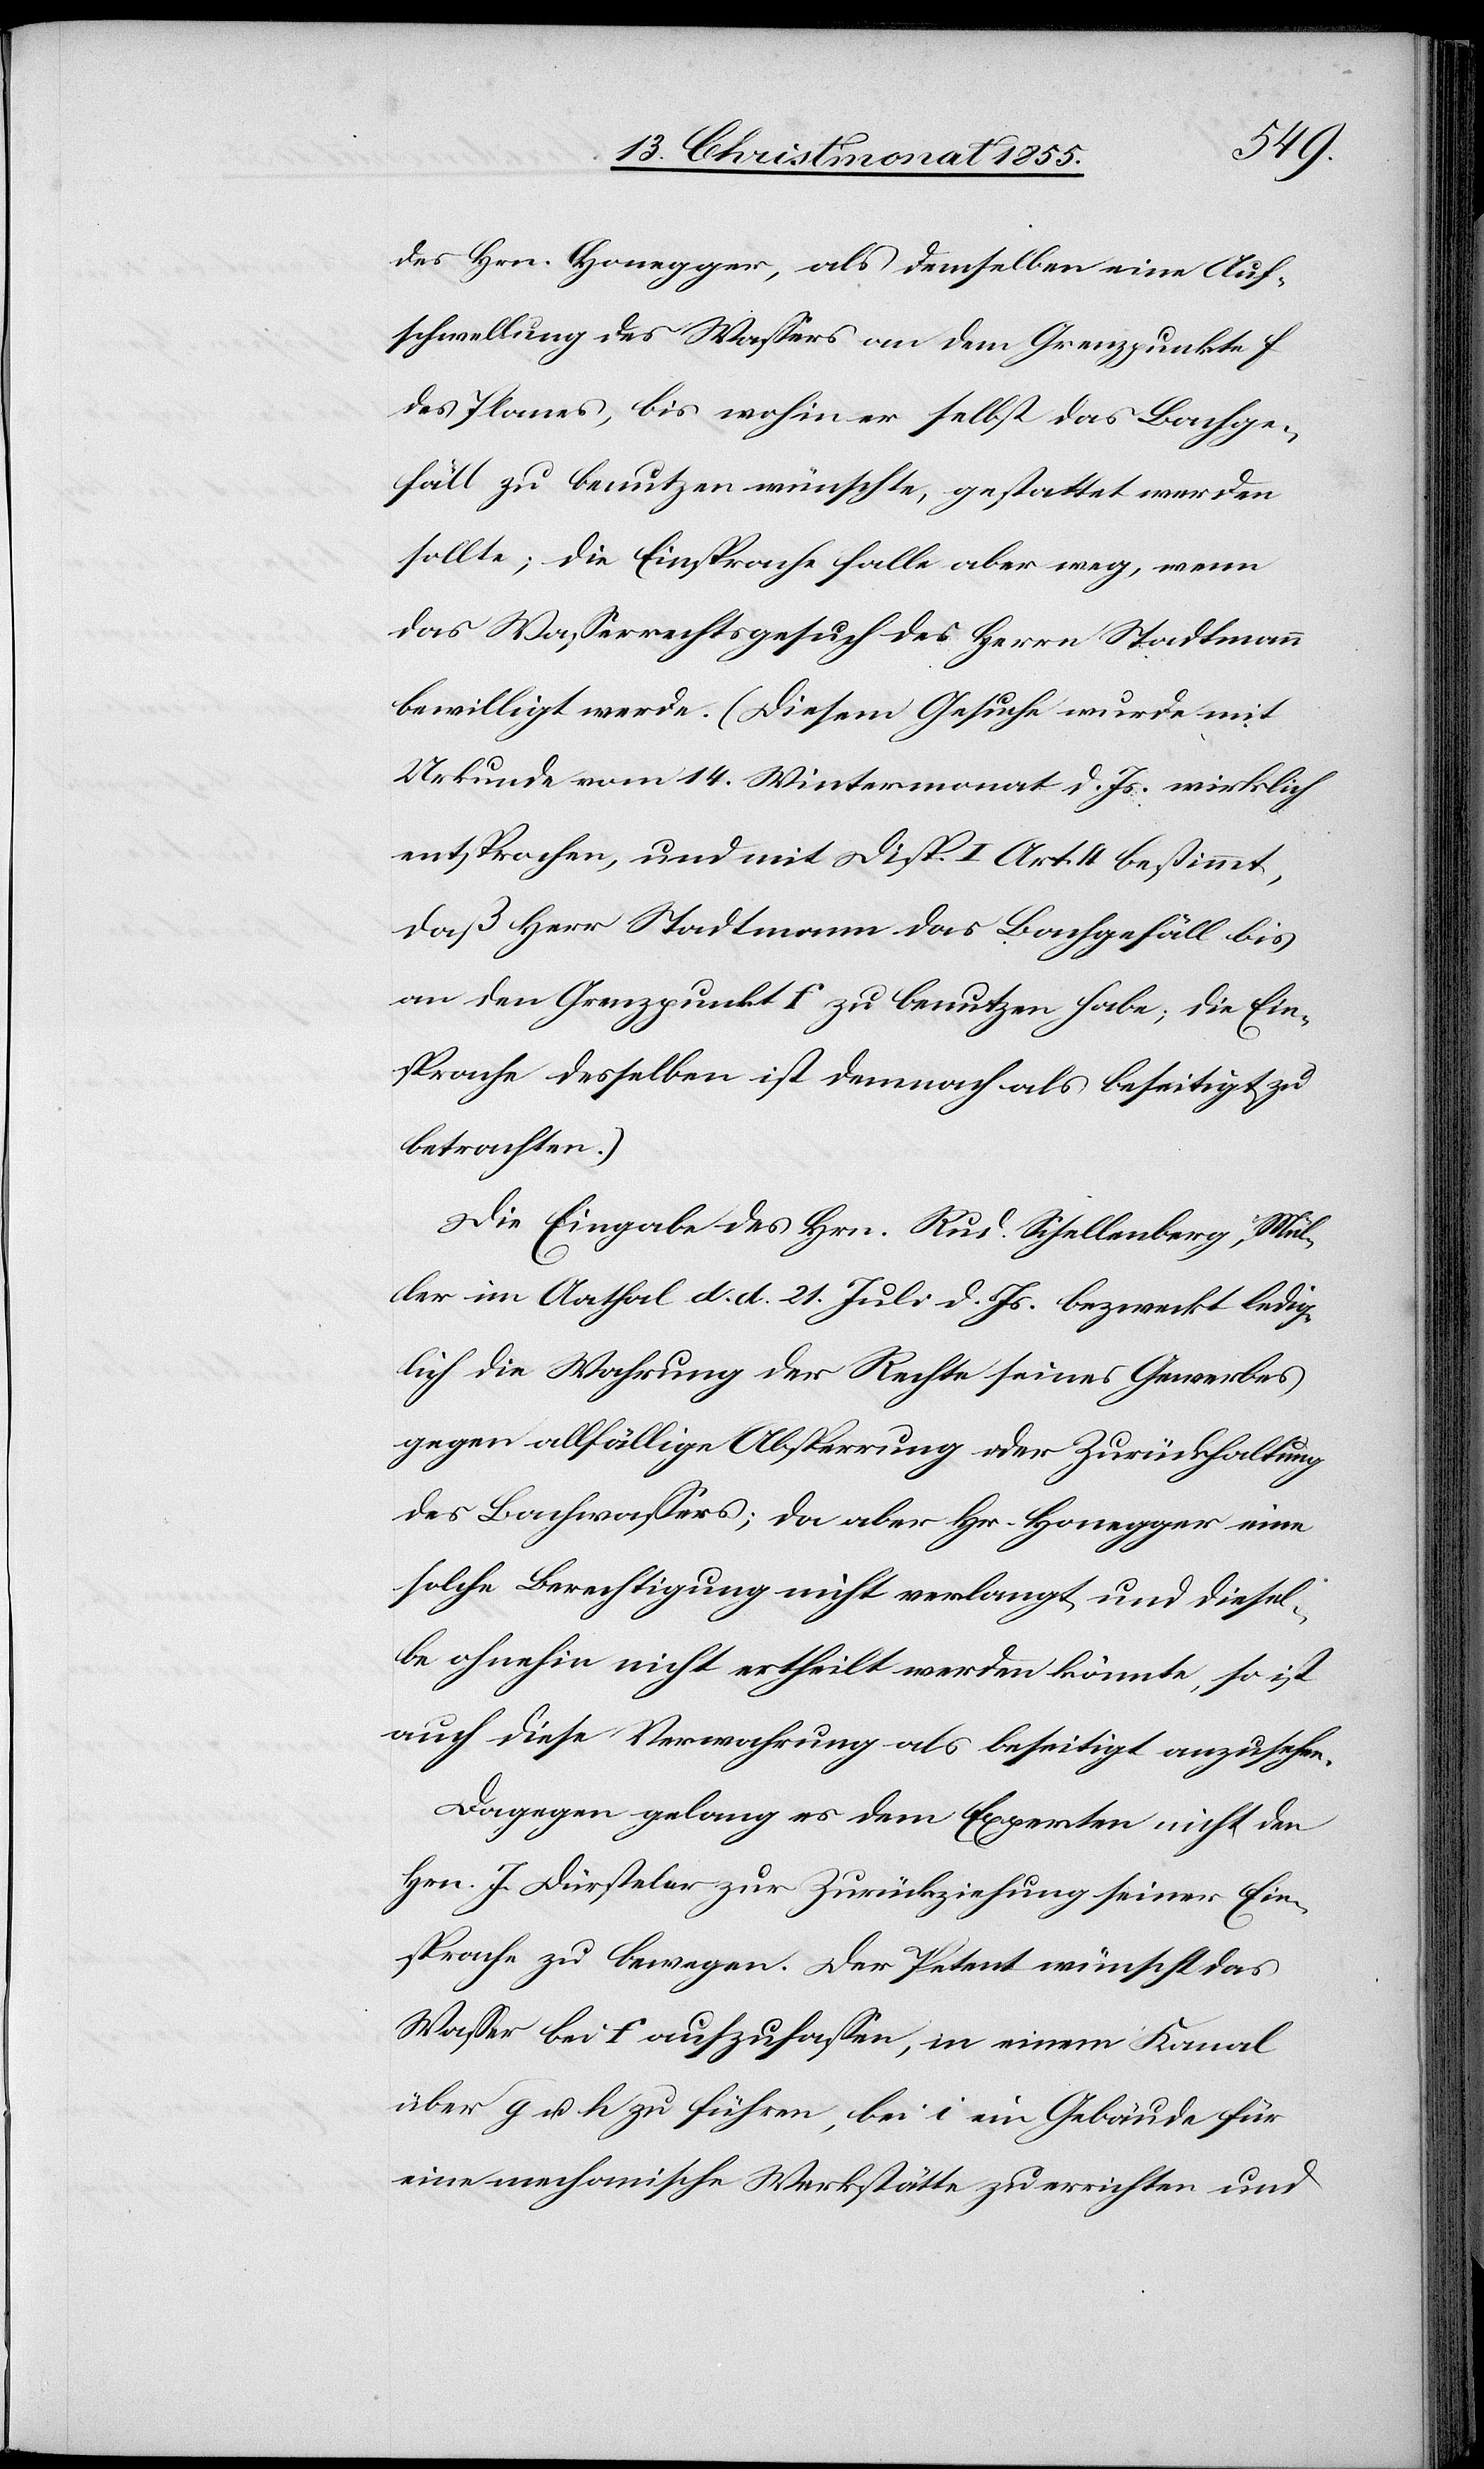
des Hrn. Honegger, als demselben eine Auf¬
schwellung des Wassers an dem Grenzpunkte f
des Planes, bis wohin er selbst das Bachge¬
fäll zu benutzen wünschte, gestattet werden
sollte; die Einsprache falle aber weg, wenn
das Wasserrechtsgesuch des Herrn Stadtmann
bewilligt werde. (Diesem Gesuche wurde mit
Urkunde vom 14. Wintermonat d. Js. wirklich
entsprochen, und mit Disp. I Art. 4 bestimmt,
daß Herr Stadtmann das Bachgefäll bis
an den Grenzpunkt f zu benutzen habe; die Ein¬
sprache desselben ist demnach als beseitigt zu
betrachten.)
Die Eingabe des Hrn. Rud. Schellenberg, Mül¬
ler im Aathal d. d. 21. Juli d. Js. bezweckt ledig¬
lich die Wahrung der Rechte seines Gewerbes
gegen allfällige Absperrung oder Zurückhaltung
des Bachwassers; da aber Hr. Honegger eine
solche Berechtigung nicht verlangt und diesel¬
be ohnehin nicht ertheilt werden könnte, so ist
auch diese Verwahrung als beseitigt anzusehen.
Dagegen gelang es dem Experten nicht den
Hrn. J. Dürsteler zur Zurückziehung seiner Ein¬
sprache zu bewegen. Der Petent wünscht das
Wasser bei f aufzufassen, in einem Kanal
über g u. h zu führen, bei i ein Gebäude für
eine mechanische Werkstätte zu errichten und